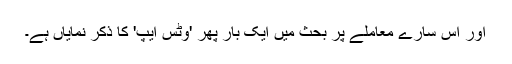
اور اس سارے معاملے پر بحث میں ایک بار پھر 'وٹس ایپ' کا ذکر نمایاں ہے۔